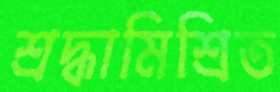
শ্রদ্ধামিশ্রিত